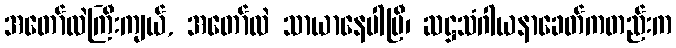
အတော်လဲကြီးကျယ်, အတော်လဲ သာယာနေပါပြီ၊ ဆဋ္ဌသံဂါယနာခေတ်ကတည်းက